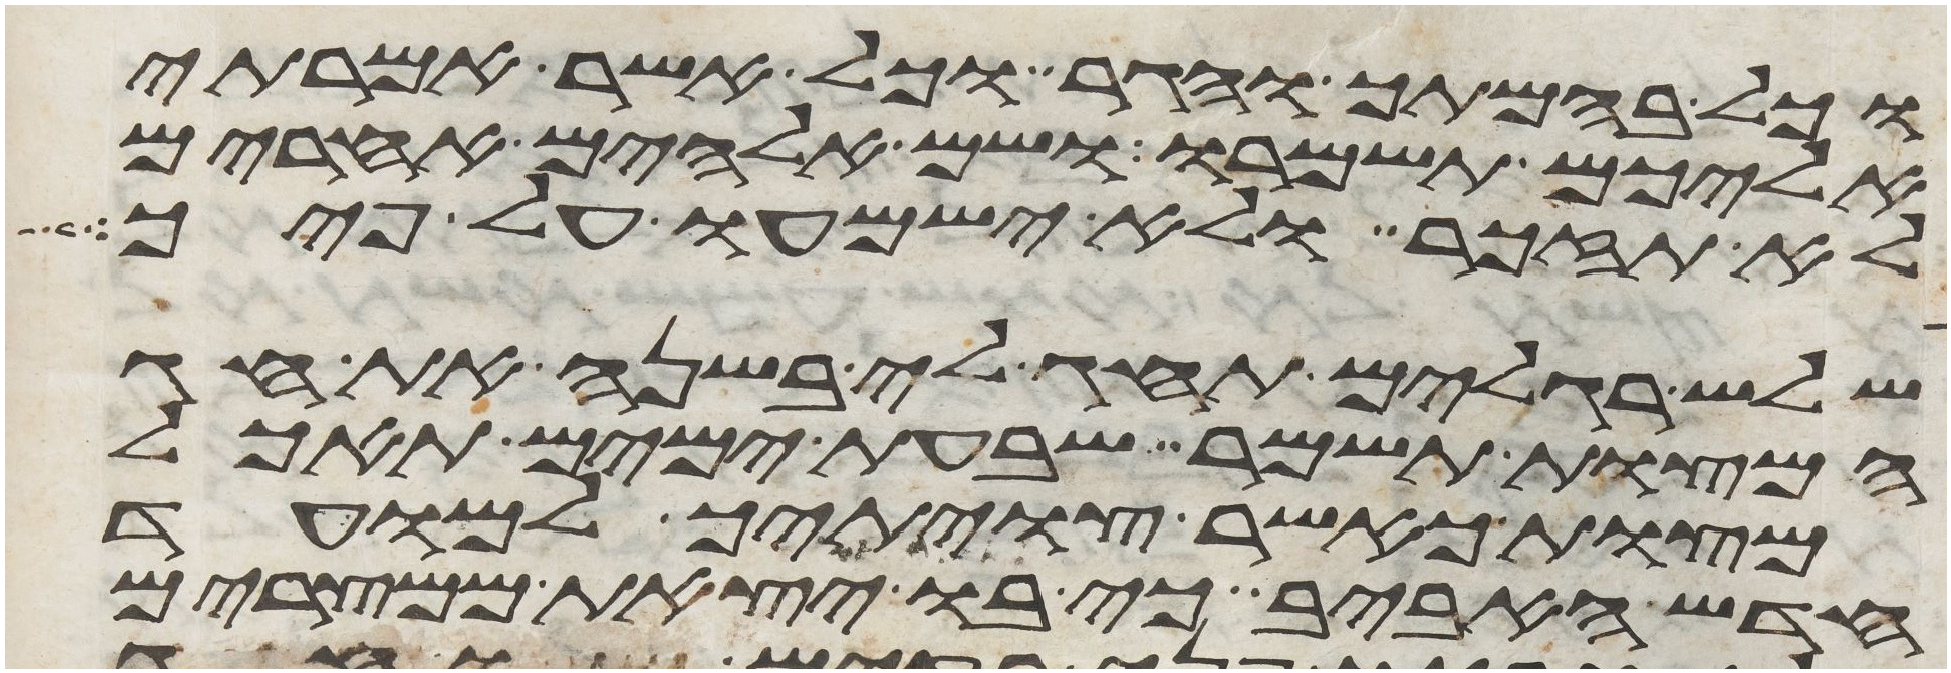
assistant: וכל בהמתך והגר וכל אשר אמרתי
אליכם תשמרו ושם אלהים אחרים
לא תזכר ולא ישמעו על פיך
שלש רגלים תחג לי בשנה את חג
המצות תשמר שבעת ימים תאכל
מצות כאשר צויתיך למועד
חדש האביב כי בו יצאת ממצרים